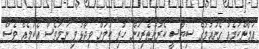
އަމާންކަމެއް ގެނައުމުގެ ސިޔާސީ ކެރުންތެރިކަން ހުރި ކަމަށް ވިދާޅުވި ނަމަވެސް އެކަމެއް ވެސް